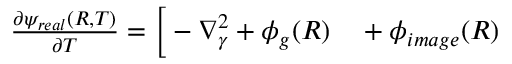
\begin{array} { r l } { \frac { \partial \psi _ { r e a l } ( R , T ) } { \partial T } = \bigg [ - \nabla _ { \gamma } ^ { 2 } + \phi _ { g } ( R ) } & { { } + \phi _ { i m a g e } ( R ) } \end{array}